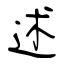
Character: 述